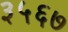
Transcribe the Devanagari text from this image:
३५६७